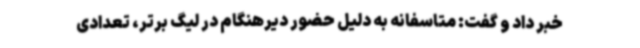
خبر داد و گفت: متاسفانه به دلیل حضور دیرهنگام در لیگ برتر، تعدادی